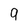
Character: 9